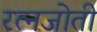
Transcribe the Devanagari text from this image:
रत्नजोती